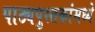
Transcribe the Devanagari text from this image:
पाठ्यपुस्तकांमध्ये